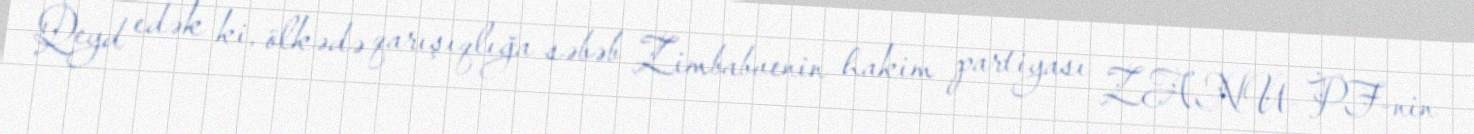
Qeyd edək ki, ölkədə qarışıqlığa səbəb Zimbabvenin hakim partiyası ZANU-PF-nin